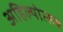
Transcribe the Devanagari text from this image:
अहिल्योत्सव